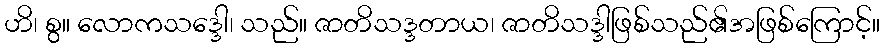
ဟိ၊ စွ။ လောကသဒ္ဒေါ၊ သည်။ ဇာတိသဒ္ဒတာယ၊ ဇာတိသဒ္ဒါဖြစ်သည်၏အဖြစ်ကြောင့်။